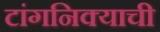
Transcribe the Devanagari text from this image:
टांगनिक्याची